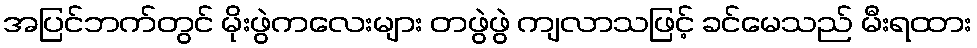
အပြင်ဘက်တွင် မိုးဖွဲကလေးများ တဖွဲဖွဲ ကျလာသဖြင့် ခင်မေသည် မီးရထား